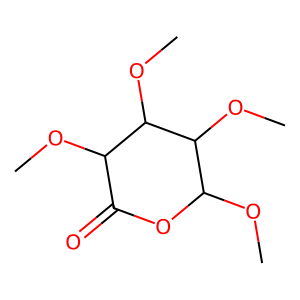
SMILES: COC1OC(=O)C(OC)C(OC)C1OC
Inhibits HIV replication: No